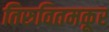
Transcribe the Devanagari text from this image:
तिरुवितमकूर